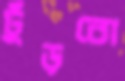
ঢুঁড়বো